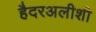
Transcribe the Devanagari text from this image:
हैदरअलीशी